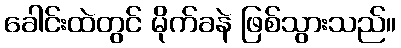
ခေါင်းထဲတွင် မိုက်ခနဲ ဖြစ်သွားသည်။